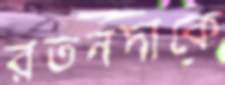
রতনদাকে